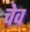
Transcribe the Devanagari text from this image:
चेव